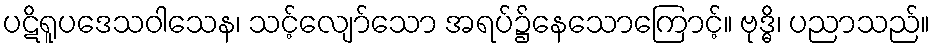
ပဋိရူပဒေသဝါသေန၊ သင့်လျော်သော အရပ်၌နေသောကြောင့်။ ဗုဒ္ဓိ၊ ပညာသည်။